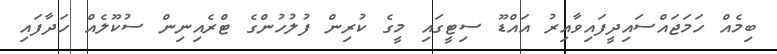
ބިމެއް ހަމަޖައްސައިދީފައިވާއިރު އައްޑޫ ސިޓީގައި މީގެ ކުރިން ފުލުހުންގެ ޓްރެއިނިން ސުކޫލެއް ހަދާފައި